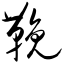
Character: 鞔